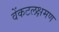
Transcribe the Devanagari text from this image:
वेंकटलक्षमण